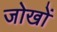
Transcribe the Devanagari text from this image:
जोखों